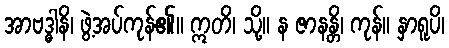
အာဗဒ္ဓါနိ၊ ဖွဲ့အပ်ကုန်၏။ ဣတိ၊ သို့။ န ဇာနန္တိ၊ ကုန်။ နှာရူပိ၊